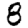
Digit: 8